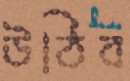
উঠিব